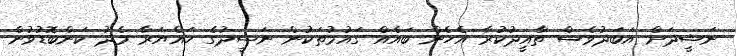
ނަޝީދަށް އަބަދުވެސް ތާއީދުކުރާ އެހެން ބައެއް ގައުމުތަކުން ނަޝީދުގެ ހައްޔަރާ މެދު ކަންބޮޑުވުން